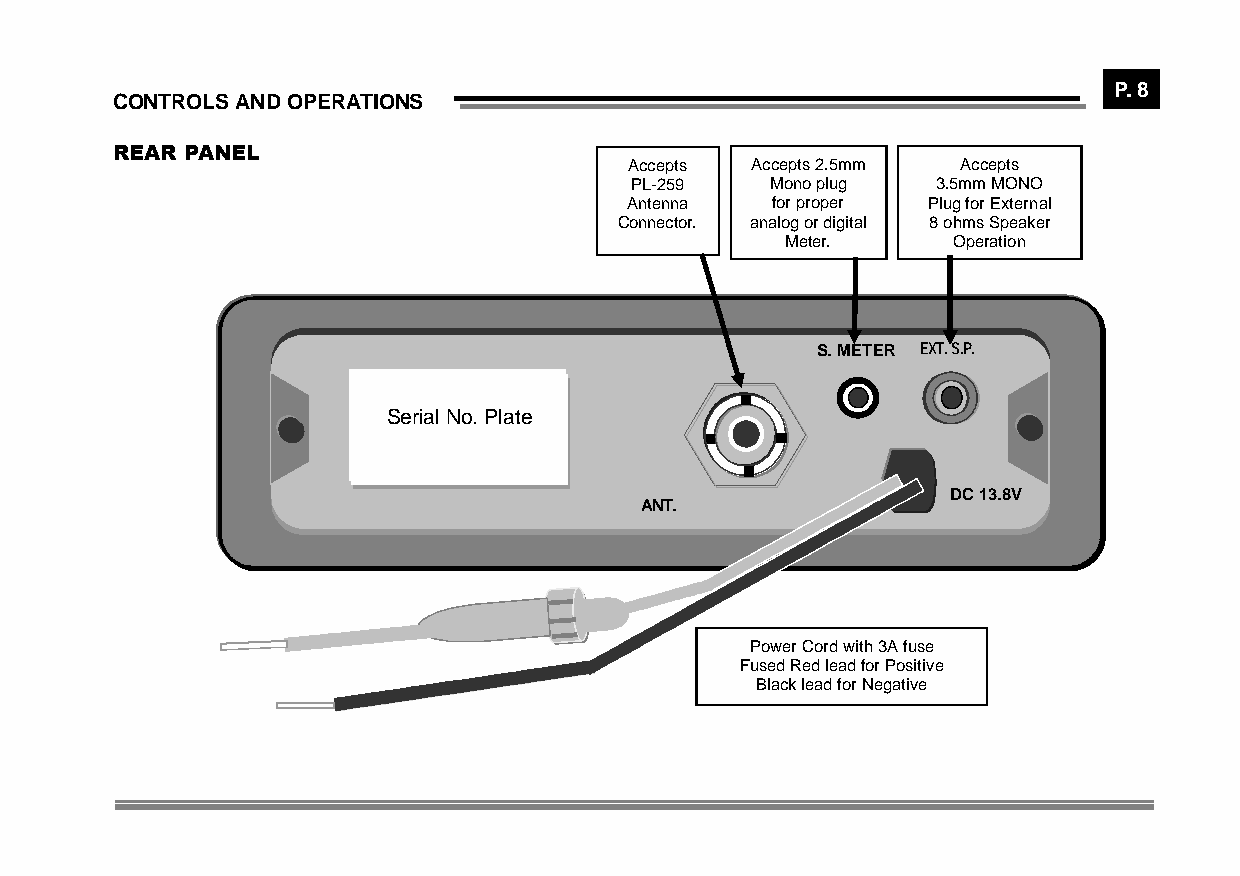
P. 8
 CONTROLS AND OPERATIONS
 REAR PANEL
 Accepts Accepts 2.5mm Accepts
 PL-259   Mono plug  3.5mm MONO
 Antenna   for proper Plug for External
 Connector. analog or digital 8 ohms Speaker
 Meter.     Operation
 S. METER EXT. S.P.
 Serial No. Plate
 DC 13.8V
 ANT.
 Power Cord with 3A fuse
 Fused Red lead for Positive
 Black lead for Negative